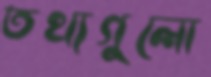
তথ্যগুলো